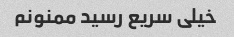
خیلی سریع رسید ممنونم